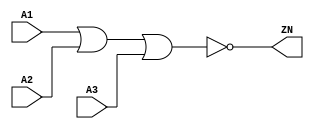
module NOR3_X2 (A1, A2, A3, ZN);
  input A1;
  input A2;
  input A3;
  output ZN;

  not(ZN, i_8);
  or(i_8, i_9, A3);
  or(i_9, A1, A2);


endmodule